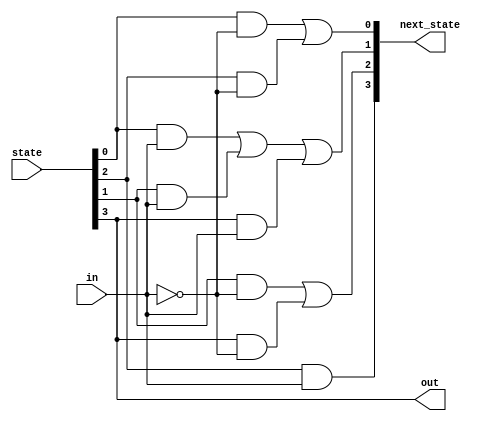
module top_module (
    input                   in          ,
    input       [3 : 0]     state       ,
    output      [3 : 0]     next_state  ,
    output                  out
);

    parameter   A = 0,
                B = 1,
                C = 2,
                D = 3;

    assign next_state[A] = state[A] & (~in) | state[C] & (~in);
    assign next_state[B] = state[A] & (in)  | state[B] & (in) | state[D] & (in);
    assign next_state[C] = state[B] & (~in) | state[D] & (~in);
    assign next_state[D] = state[C] & (in);

    assign out = (state[D] == 1'b1);

endmodule